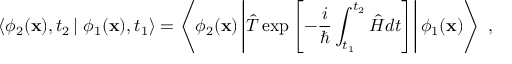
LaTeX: \left\langle \phi _ { 2 } ( { \bf x } ) , t _ { 2 } \left| \right. \phi _ { 1 } ( { \bf x } ) , t _ { 1 } \right\rangle = \left\langle \phi _ { 2 } ( { \bf x } ) \left| \hat { T } \exp \left[ - \frac { i } { \hbar } \int _ { t _ { 1 } } ^ { t _ { 2 } } \hat { H } d t \right] \right| \phi _ { 1 } ( { \bf x } ) \right\rangle \; ,